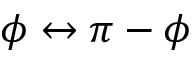
\phi \leftrightarrow \pi - \phi